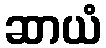
ဆာယံ